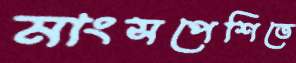
মাংসপেশিতে